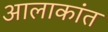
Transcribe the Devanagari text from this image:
आलाकांत